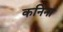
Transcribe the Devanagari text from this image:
कनिना